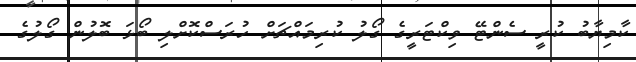
ކާމިޔާބު ކުރީ ސެންޓޭ ވިކްޓަރީގެ ގޯލު ކުރިމައްޗަށް ހުރަސްކޮށްލި ބޯޅަ ބޮލުން ގޯލުގެ